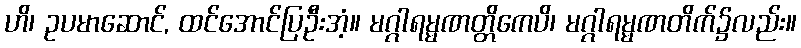
ဟိ၊ ဥပမာဆောင်, ထင်အောင်ပြဦးအံ့။ မဂ္ဂါရမ္မဏတ္တိကေပိ၊ မဂ္ဂါရမ္မဏတိက်၌လည်း။